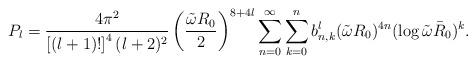
LaTeX: \begin{align*}P_l = {{4 \pi^2 } \over { \left [ (l+1)! \right ]^4 (l+2)^2 } } \left ( {{\tilde \omega R_0} \over 2 } \right )^{8+4l} \sum_{n=0}^\infty \sum_{k=0}^n b_{n,k}^l (\tilde \omega R_0)^{4n} (\log \tilde \omega \bar R_0 )^k.\end{align*}